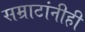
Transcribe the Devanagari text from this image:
सम्राटांनीही